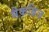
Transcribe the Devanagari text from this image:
मैकब्रिज